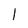
Character: 1